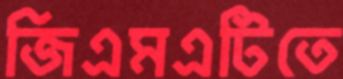
জিএমএটিতে